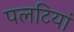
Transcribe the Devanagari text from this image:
पलटियां